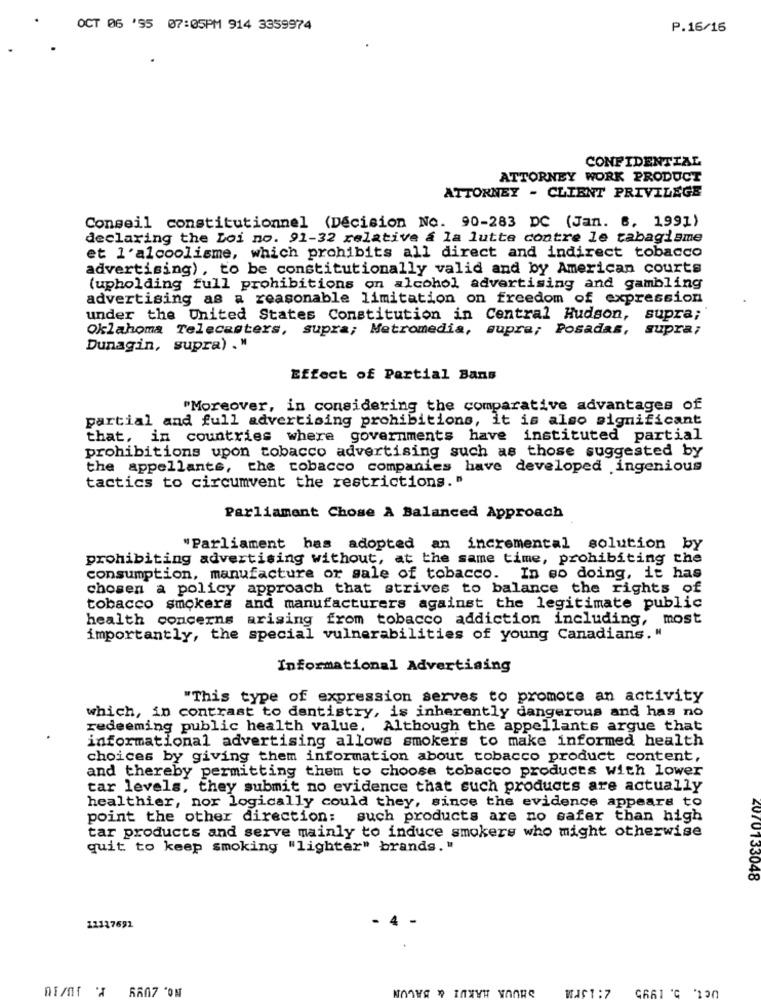
OCT 06 '95 07:05PM 914 3359974
P.16/16
CONFIDENTIAL
ATTORNEY WORK PRODUCT
ATTORNEY - CLIENT PRIVILEGE
Conseil constitutionnel (Decision No. 90-283 DC (Jan. 6. 1991)
declaring the Loi no. 91-32 relative a la lutte contre le tabagisme
et l'alcoolisme, which prohibits all direct and indirect tobacco
advertising) , to be constitutionally valid and by American courts
(upholding full prohibitions on alcohol advertising and gambling
advertising as a reasonable limitation on freedom of expression
under the United States Constitution in Central Hudson,
supra;
Oklahoma Telecasters, supra; Metromedia, supra; Posadas, supra;
Dunagin, supra) ."
Effect of Partial Bans
"Moreover, in considering the comparative advantages of
partial and full advertising prohibitions, it is also significant
that, in countries where governments have instituted partial
prohibitions upon tobacco advertising such as those suggested by
the appellants, the tobacco companies have developed ingenious
tactics to circumvent the restrictions. "
Parliament Chose A Balanced Approach
"Parliament has adopted an incremental solution by
prohibiting advertising without, at the same time, prohibiting the
consumption, manufacture or sale of tobacco. In so doing, it has
chosen a policy approach that strives to balance the rights of
tobacco smokers and manufacturers against the legitimate public
health concerns arising from tobacco addiction including, most
importantly, the special vulnerabilities of young Canadians."
Informational Advertising
"This type of expression serves to promote an activity
which, in contrast to dentistry, is inherently dangerous and has no
redeeming public health value. Although the appellants argue that
informational advertising allows smokers to make informed health
choices by giving them information about tobacco product content,
and thereby permitting them to choose tobacco products with lower
tar levels, they submit no evidence that such products are actually
healthier, nor logically could they, since the evidence appears to
point the other direction:
such products are no safer than high
tar products and serve mainly to induce smokers who might otherwise
quit to keep smoking "lighter" brands."
4070133048
. 4
12117691
SHUUK HAKUI & BACON
UCT.
WACT : 7
CA61 ℃